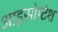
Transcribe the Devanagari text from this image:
आइसोप्टेश